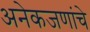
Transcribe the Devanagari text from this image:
अनेकजणांचे